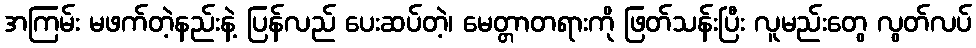
အကြမ်း မဖက်တဲ့နည်းနဲ့ ပြန်လည် ပေးဆပ်တဲ့၊ မေတ္တာတရားကို ဖြတ်သန်းပြီး လူမည်းတွေ လွတ်လပ်